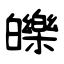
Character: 皪